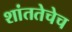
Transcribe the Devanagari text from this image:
शांततेचेच